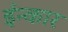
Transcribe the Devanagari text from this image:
ईन्कार